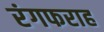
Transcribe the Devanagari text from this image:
रंगफराह